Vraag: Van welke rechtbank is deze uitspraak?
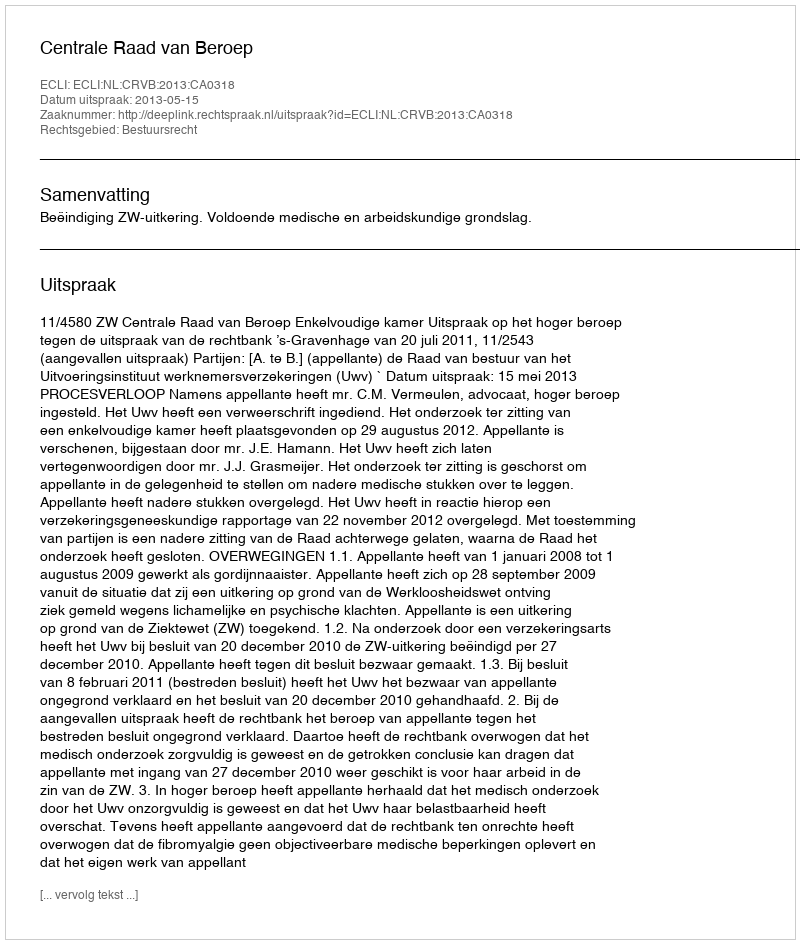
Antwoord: Centrale Raad van Beroep